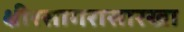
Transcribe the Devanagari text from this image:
क्षीरसागरासारखा